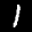
Label: 1